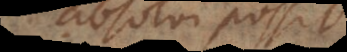
absolvere possint.